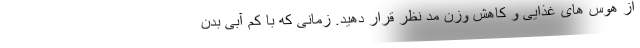
از هوس های غذایی و کاهش وزن مد نظر قرار دهید. زمانی که با کم آبی بدن